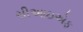
સીઆઇએફ